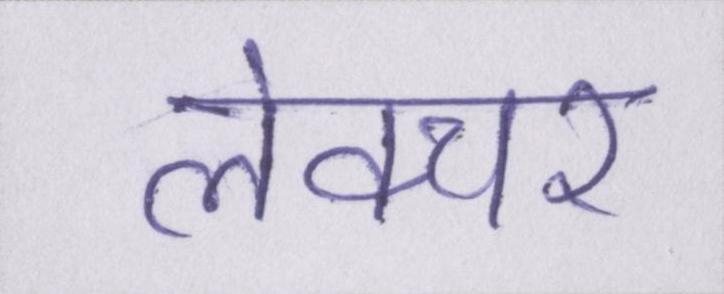
लेक्चर